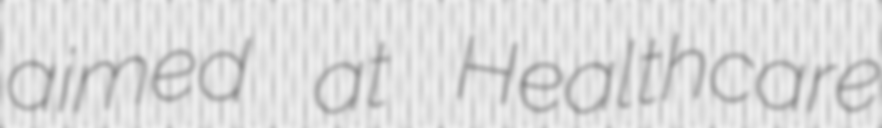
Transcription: aimed at Healthcare